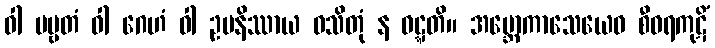
ဝါ ပဗ္ဗတံ ဝါ ဂေဟံ ဝါ ဥပနိဿာယ ဝသိတုံ န ဝဋ္ဋတိ။ အဗ္ဘောကာသေယေဝ စီဝရကုဋိံ